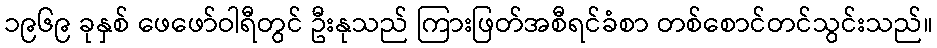
၁၉၆၉ ခုနှစ် ဖေဖော်ဝါရီတွင် ဦးနုသည် ကြားဖြတ်အစီရင်ခံစာ တစ်စောင်တင်သွင်းသည်။